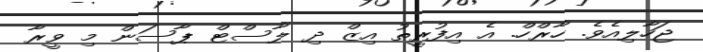
ޖަހާލިއެވެ. ހާރްހް. އެ އިފުރީތު އިޒް ދި ލާސްޓް ޕާސަން މި ވީރާ